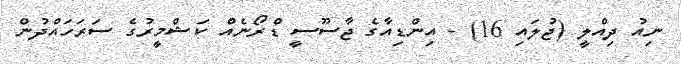
ނިއު ދިއްލީ (ޖުލައި 16) - އިންޑިއާގެ ޖާސޫސީ ޑްރޯނެއް ކަޝްމީރުގެ ސަރަހައްދުން